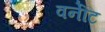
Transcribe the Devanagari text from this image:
वर्नेटि